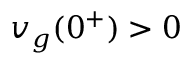
v _ { g } ( 0 ^ { + } ) > 0